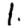
Digit: 1